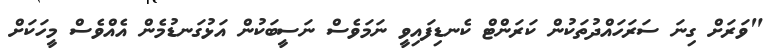
"ވަރަށް ގިނަ ސަރަހައްދުތަކުން ކަރަންޓް ކެނޑިފައިވީ ނަމަވެސް ނަސީބަކުން އަޅުގަނޑުމެން އެއްވެސް މީހަކަށް